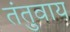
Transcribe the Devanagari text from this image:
तंतुवाय